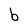
Character: b